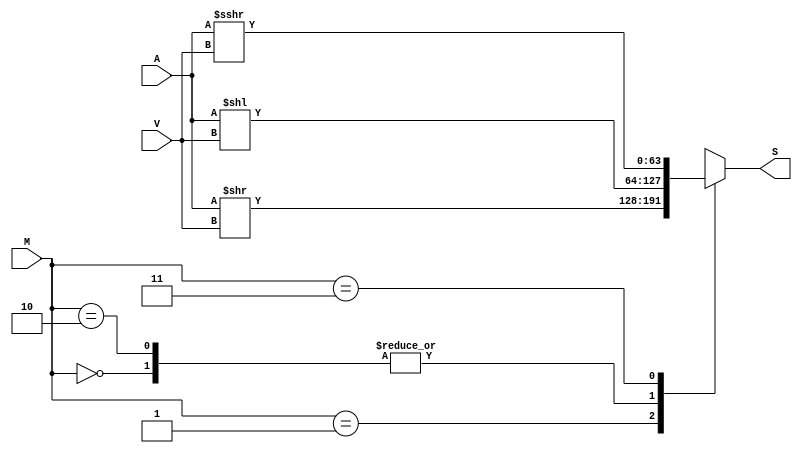
`timescale 1ns / 1ps
//////////////////////////////////////////////////////////////////////////////////
// Company: 
// Engineer: 
// 
// Design Name: 
// Module Name:    shift64 
// Project Name: 
// Target Devices: 
// Tool versions: 
// Description: 
//
// Dependencies: 
//
// Revision: 
// Revision 0.01 - File Created
// Additional Comments: 
//
//////////////////////////////////////////////////////////////////////////////////
module shift64(
    input signed [63:0] A,
    input [5:0] V,
	 input [1:0] M,
    output [63:0] S
    );

	reg [63:0] out;
	assign S = out;
	
	always @(*)
	begin
		case (M)
			// Logical Left Shift
			2'b00:	out = A << V;
			// Logical Right Shift
			2'b01:	out = A >> V;
			// Arithmetic Left Shift (same as normal)
			2'b10:	out = A << V;
			// Arithmetic Right Shift
			2'b11: 	out = A >>> V;
		endcase
	end

endmodule